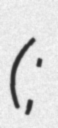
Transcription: (;